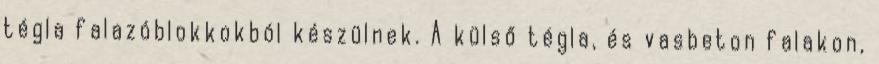
tégla falazóblokkokból készülnek. A külső tégla, és vasbeton falakon,